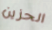
الحزين